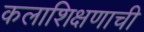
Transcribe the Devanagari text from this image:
कलाशिक्षणाची